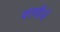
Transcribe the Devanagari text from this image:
वाणीचें